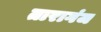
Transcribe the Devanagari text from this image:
तारागंज